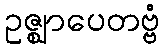
ဥဇ္ဈာပေတဗ္ဗံ